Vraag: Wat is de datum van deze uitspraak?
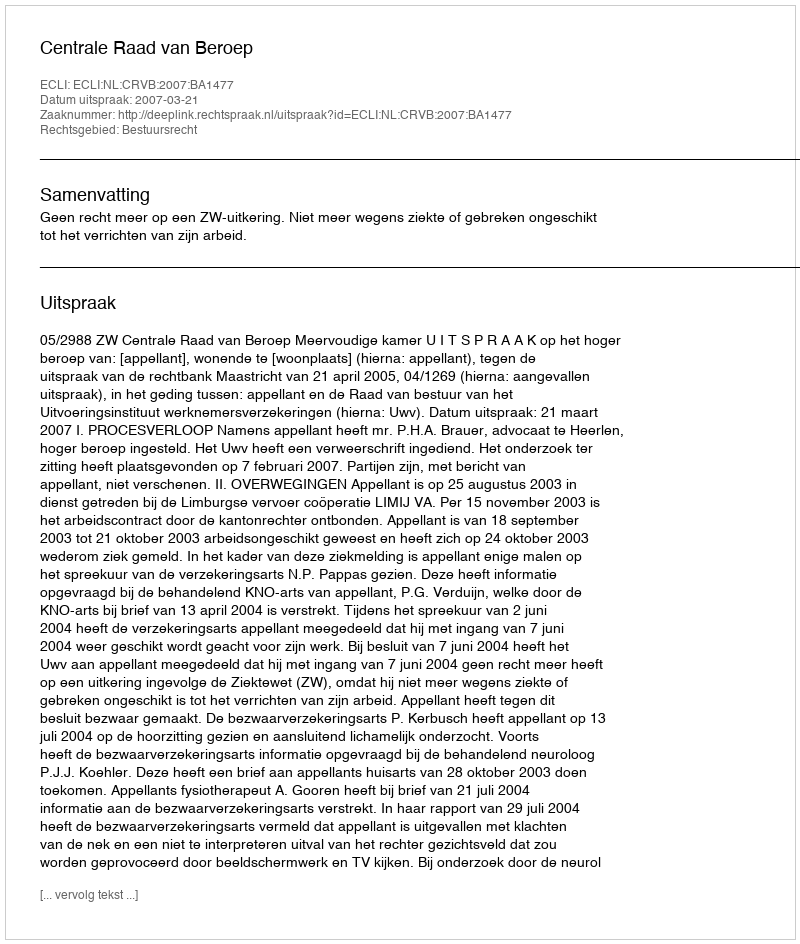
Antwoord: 2007-03-21